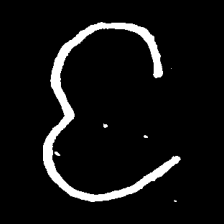
Pyu character \u2014 Myanmar letter: င (romanized: nga)